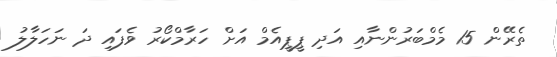
ތެރޭން 15 މެމްބަރުންނާއި އަދި ޕީޕީއެމް އަށް ހަރާމްކޯރު ވެފައި ދަ ނަހަލާލު